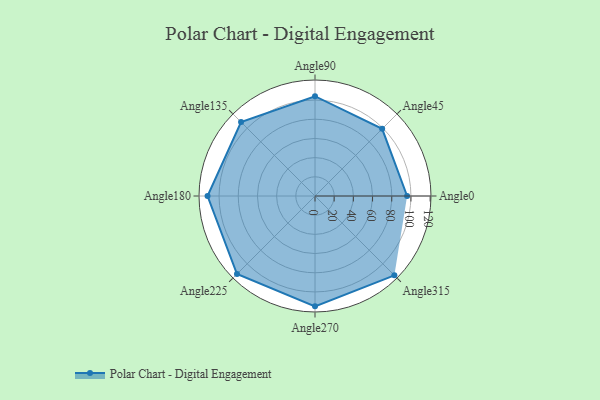
{"axis": {"x": "Angle", "y": "Radius"}, "legend": [""], "data": [{"x": "Angle0", "y": 96.0, "type": ""}, {"x": "Angle45", "y": 99.0, "type": ""}, {"x": "Angle90", "y": 104.0, "type": ""}, {"x": "Angle135", "y": 109.0, "type": ""}, {"x": "Angle180", "y": 112.0, "type": ""}, {"x": "Angle225", "y": 115.0, "type": ""}, {"x": "Angle270", "y": 115.0, "type": ""}, {"x": "Angle315", "y": 117.0, "type": ""}]}